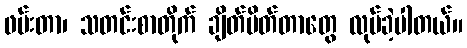
ဖမ်းတာ၊ သတင်းစာတိုက် ချိတ်ပိတ်တာတွေ လုပ်ခဲ့ပါတယ်။